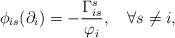
LaTeX: \begin{align*} \phi_{is}(\partial_i)=-\frac{\Gamma_{is}^s}{\varphi_i},\quad\forall s\neq i, \end{align*}